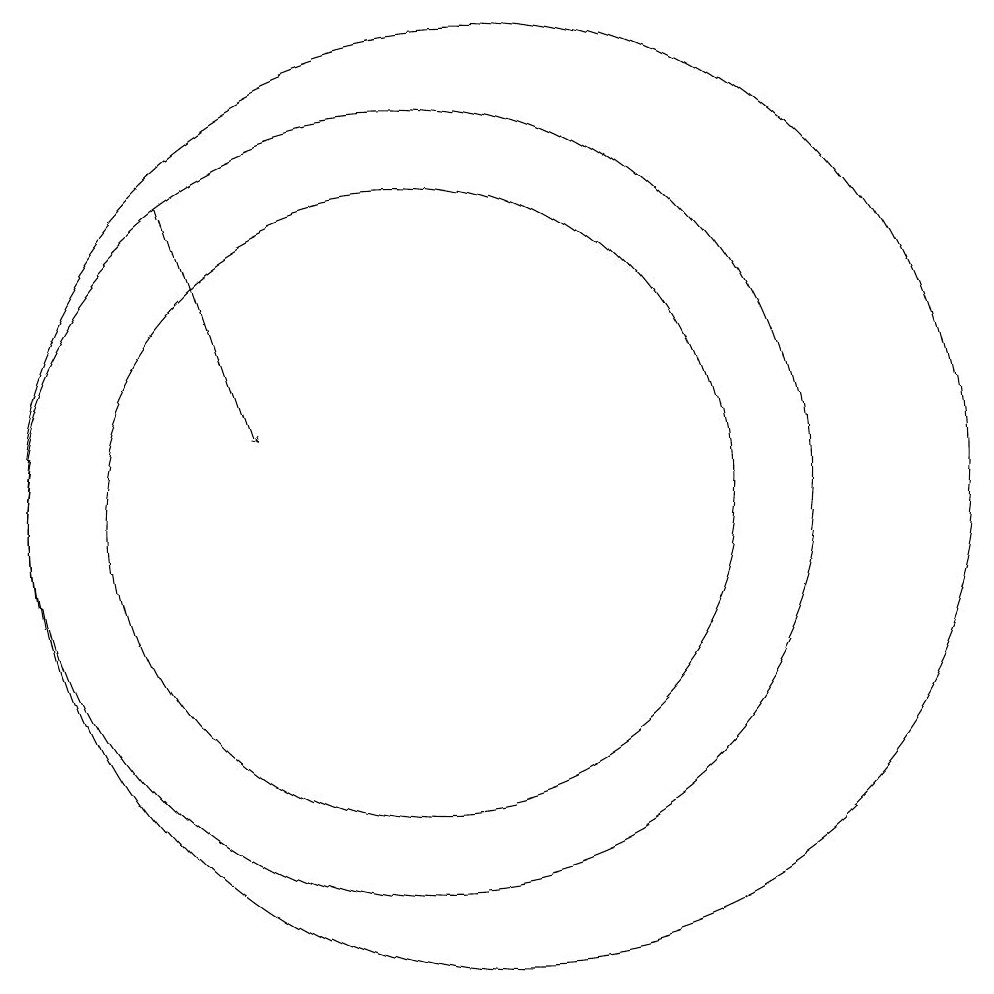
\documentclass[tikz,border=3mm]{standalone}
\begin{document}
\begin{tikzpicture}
\draw (11,10) circle (5);
\draw[->] (8,14) -- (9,11);
\draw (11,10) circle (4);
\draw (12,10) circle (6);
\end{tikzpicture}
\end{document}